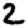
Digit: 2